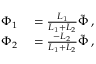
\begin{array} { r l } { \Phi _ { 1 } } & { { } = \frac { L _ { 1 } } { L _ { 1 } + L _ { 2 } } \tilde { \Phi } \, , } \\ { \Phi _ { 2 } } & { { } = \frac { - L _ { 2 } } { L _ { 1 } + L _ { 2 } } \tilde { \Phi } \, , } \end{array}